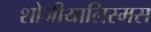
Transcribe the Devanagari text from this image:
शोजीयालिस्मस